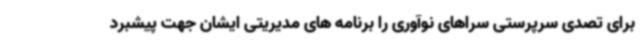
برای تصدی سرپرستی سراهای نوآوری را برنامه های مدیریتی ایشان جهت پیشبرد